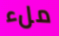
ملء